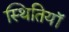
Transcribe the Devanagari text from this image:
स्थितियॉ